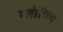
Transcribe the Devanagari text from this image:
ब्लोंगिंग